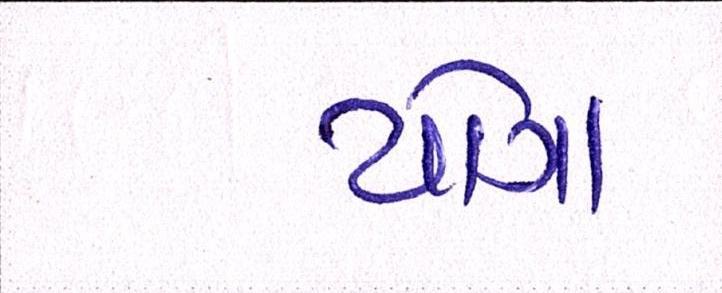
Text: યોગા